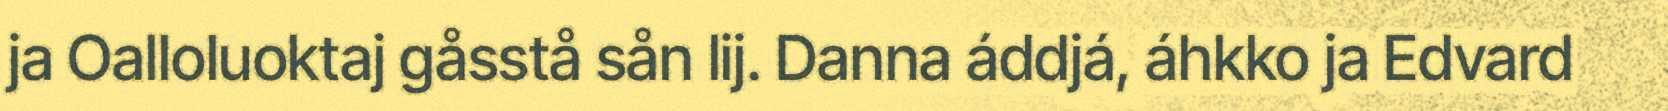
ja Oalloluoktaj gåsstå sån lij. Danna áddjá, áhkko ja Edvard